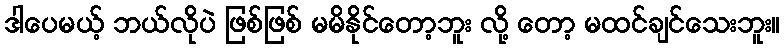
ဒါပေမယ့် ဘယ်လိုပဲ ဖြစ်ဖြစ် မမိနိုင်တော့ဘူး လို့ တော့ မထင်ချင်သေးဘူး။